Enquiry on enteric fever in India - Number 32
Disease focus: Fever
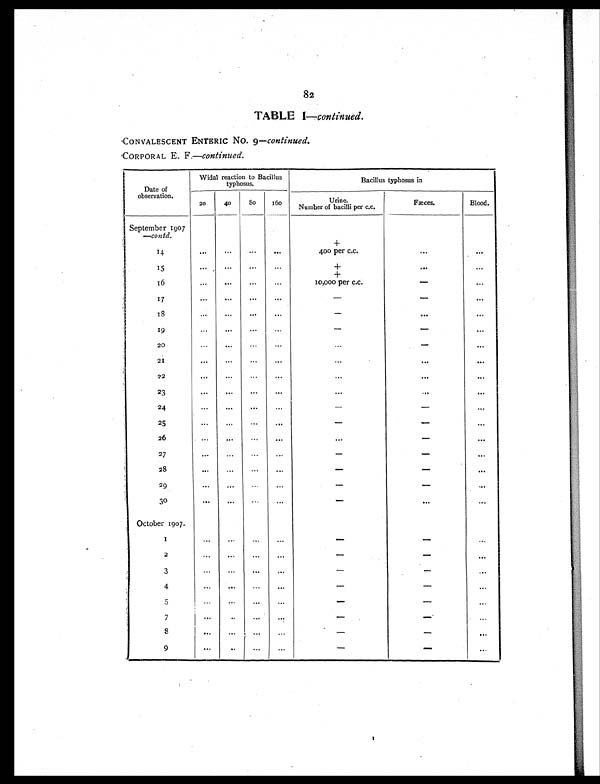
82
TABLE I- continued.
CONVALESCENT ENTERIC No. 9-continued.
CORPORAL E. F .-continued.
Date of
observation.
Widal reaction to Bacillus
typhosus.
Bacillus typhosus in
20
40
80
160
Urine.
Number of bacilli per c.c.
Fæces.
Blood.
September 1907
-contd.
+
14
. . .
. . .
. . .
. . .
400 per c.c.
. . .
. . .
15
. . .
. . .
. . .
...
+
. . .
...
+
16
. . .
. . .
. . .
. . .
10,000 per c.c.
-
. . .
1 7
. . .
. . .
. . .
. . .
-
-
. . .
18
. . .
. . .
. . .
. . .
-
. . .
. . .
19
...
...
...
. . .
-
-
. . .
2 0
. . .
. . .
...
. . .
. . . -
. . .
21
...
...
...
...
. . . . . .
. . .
2 2
. . .
. . .
...
. . .
. . . . . .
...
23
. . .
. . .
. . .
. . .
. . . . . .
. . .
2 4
. . .
. . .
. . .
. . .
- -
. . .
25
. . .
. . .
. . .
. . .
- -
. . .
26
...
. . .
. . .
. . .
...
-
. . .
2 7
. . .
. . .
. . .
. . .
- -
. . .
2 8
. . .
. . .
. . .
. . .
- -
. . .
29
. . .
...
. . .
. . .
- -
. . .
30
. . .
. . .
. . .
. . .
- . . .
. . .
October 1907.
1
. . .
. . .
. . .
. . .
- -
...
2
. . .
. . .
. . .
...
- -
. . .
3
. . .
. . .
. . .
...
- -
. . .
4
...
. . .
. . .
. . .
- -
...
5
. . .
. . .
. . .
. . .
- -
. . .
7
. . .
. . .
. . .
. . .
- -
. . .
8
. . .
. . .
. . .
. . .
-
-
. . .
9
...
. . .
. . .
. . .
- -
...